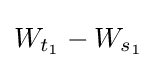
W_{t_{1}}-W_{s_{1}}